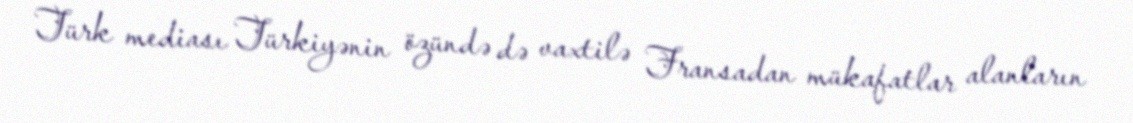
Türk mediası Türkiyənin özündə də vaxtilə Fransadan mükafatlar alanların